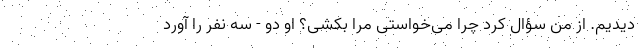
دیدیم. از من سؤال کرد چرا می‌خواستی مرا بکشی؟ او دو - سه نفر را آورد